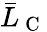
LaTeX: \bar{L}_{\mathrm{~C~}}